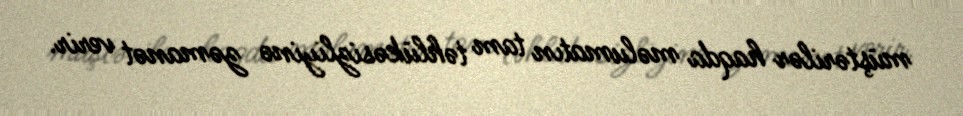
müştərilər haqda məlumatın tam təhlükəsizliyinə zəmanət verir.